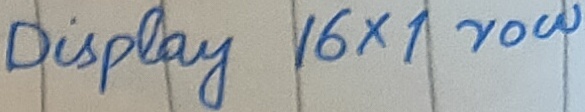
Text: Display 16x1 row